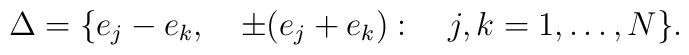
\Delta=\{e_{j}-e_{k},\quad \pm(e_j+e_k) :\quad j,k=1,\ldots,N \}.